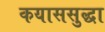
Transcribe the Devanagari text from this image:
कयाससुद्धा